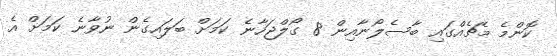
ކޮންމެ މެޗެއްގައި ބާސެލޯނާއިން 8 ގޯލްޖަހާނެ ކަމަށް ބަލައިގެން ނުވާނެ ކަމަށް އެ